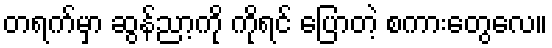
တရက်မှာ ဆွန်ညာ့ကို ကိုရင် ပြောတဲ့ စကားတွေလေ။